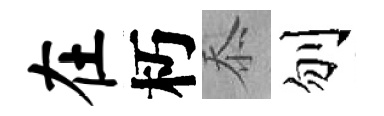
在朽忝刎